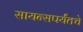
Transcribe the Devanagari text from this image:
सायन्सपर्यंतचे